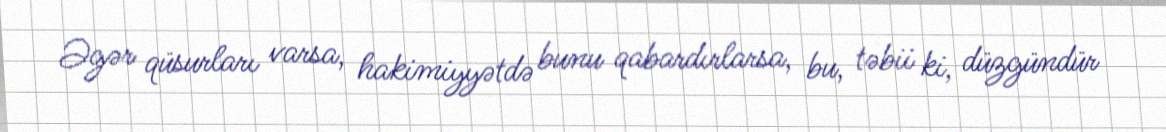
Əgər qüsurları varsa, hakimiyyətdə bunu qabardırlarsa, bu, təbii ki, düzgündür